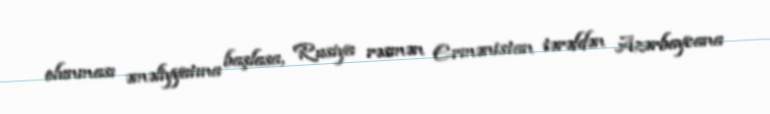
olunması əməliyyatına başlasa, Rusiya rəsmən Ermənistan tərəfdən Azərbaycana